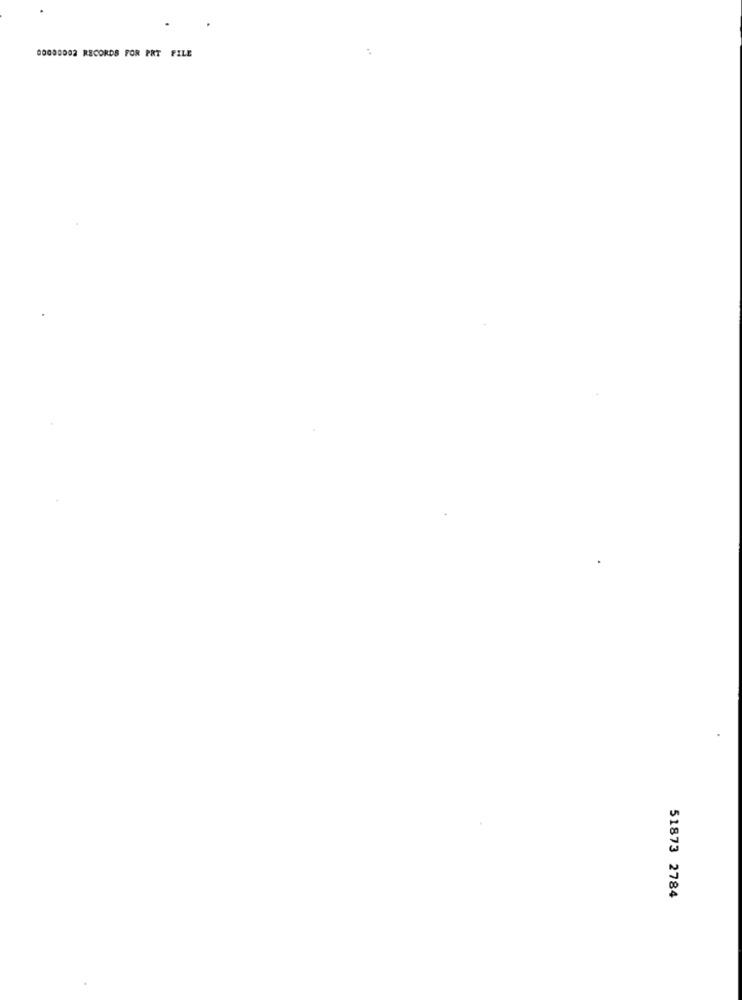
00000092 RECORDS FOR PRT FILE
51873 2784